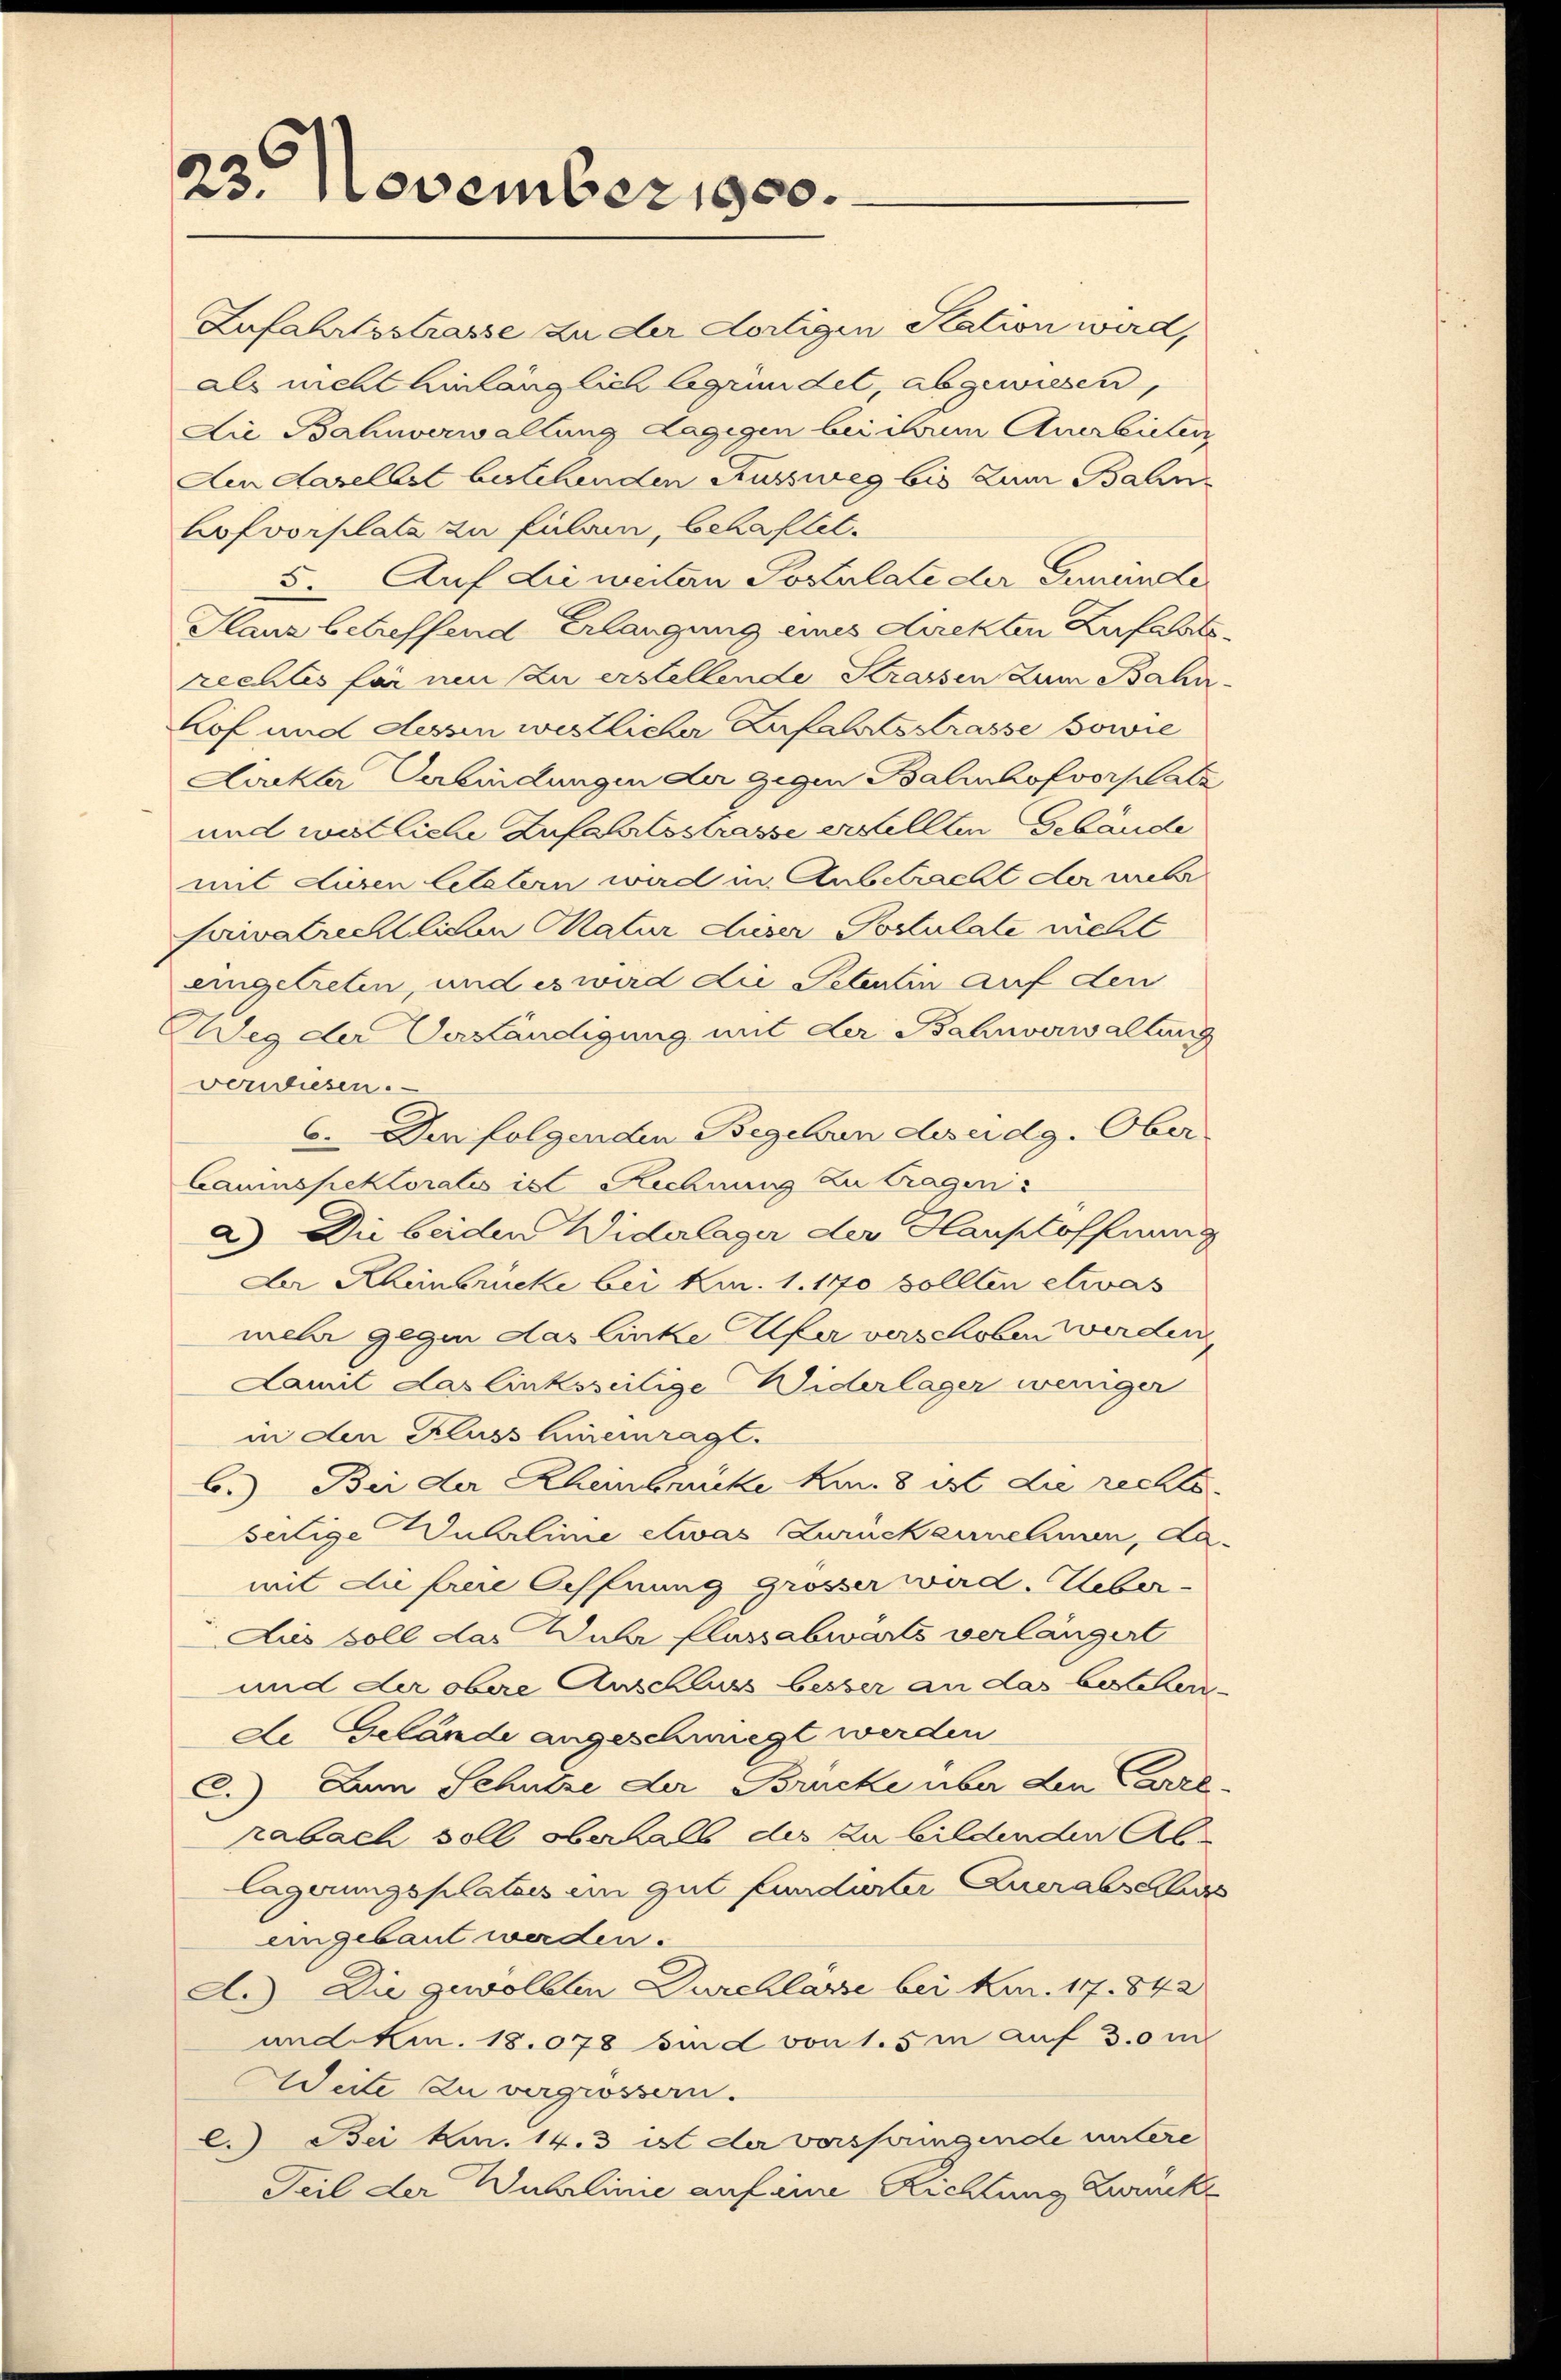
23. November 1900.

Zufahrtsstrasse zu der dortigen Station wird,
als nicht hinlänglich begründet, abgewiesen,
Die Bahnverwaltung Lagegen bei um Anerbietenz
Aen daselbst bestehenden Kussweg bis zum Balinhofvorplatz zu fulai, behaftet.
5. Auf die weiten Postulate der Gemeinde
Glanz betreffend Erlangung eines Direkten Zufahrt
rechtes für neu zu erstellende Strassen zum Bahnhof und dessen westlicher Zufahrtsstrasse sowie
Dockter Verbindungen der gegen Balinhofvorplatz
und westliche Zufahrtsstrasse erstellten Gebäude
mit Liesen letztern wird in Anbetracht der mehr
privatrechtlichen Matur dieser Postulate nicht
eingetreten, und es wird die Petentin auf den
WWeg der Verständigung mit der Bahnverwaltung
verwiesen.
6. Der folgenden Begeben des eidg. Ober
Cauinspektoratis ist Rechnung zu tragens
a) Die beiden Widerlager der Haustoffnung
Der Rheinbrücke bei Km. 1. 140 sollten etwas
mehr gegen das linke Ufer verschoben werden.
Lamit das linksseitige Widerlager weniger
in den Kluss hinreinragt.
b.) Bei der Rheinbrücke kn. 8 ist die rechtsseitige Wuhrlinie etwas Zurückennehmen, da
mit die freie Oeffnung grosser wird. Ueber-
Aus soll das Wuhr flussabwarts verlängert
und der obere Anschluss besser an das bescherde Gelände angeschwiegt werden
C.) Dem Schutze der Brücke über den Carrl
abach soll oberhalb des zu bildenden Ablagerungsplates im gut fundirter Querabschluss
eingebaut werden.
A.) Die gewölbten Durchlasse bei Konr. 17. 842
und Kin. 18.078 sind von 15 in auf 30 m
Weite zu vergrössern.
l.) Bei kn. 14.3 ist der verspringende untere
Teil der Wuhrlinie auf eine Richtung Zwinke